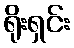
ရိုးရှင်း